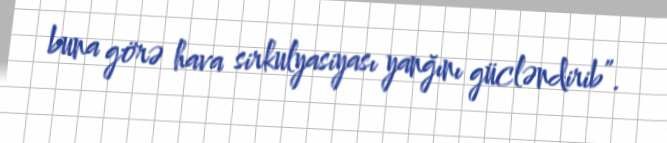
buna görə hava sirkulyasiyası yanğını gücləndirib”.